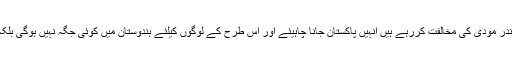
گری راج سنگھ نے کہا تھا کہ جو لوگ نریندر مودی کی مخالفت کررہے ہیں انہیں پاکستان جانا چاہیئے اور اس طرح کے لوگوں کیلئے ہندوستان میں کوئی جگہ نہیں ہوگی بلکہ انہیں پاکستان میں ٹھکانہ تلاش کرنا ہوگا ۔